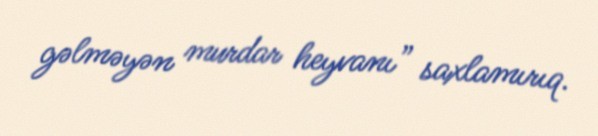
gəlməyən murdar heyvanı” saxlamırıq.